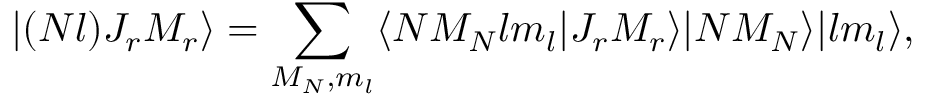
| ( N l ) J _ { r } M _ { r } \rangle = \sum _ { M _ { N } , m _ { l } } \langle N M _ { N } l m _ { l } | J _ { r } M _ { r } \rangle | N M _ { N } \rangle | l m _ { l } \rangle ,